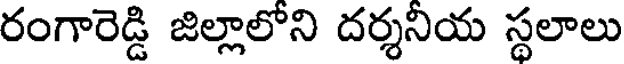
రంగారెడ్డి జిల్లాలోని దర్శనియ స్థలాలు